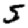
Digit: 5